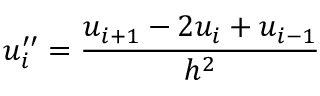
u _ { i } ^ { \prime \prime } = { \frac { u _ { i + 1 } - 2 u _ { i } + u _ { i - 1 } } { h ^ { 2 } } }